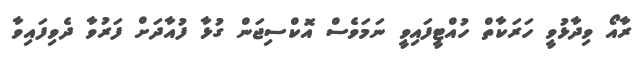
ރާއޯ ވިދާޅުވީ ހަރަކާތް ހުއްޓީފައިވީ ނަމަވެސް އޮކްސިޖަން ގުޅާ ފުއާދަށް ފަރުވާ ދެވިފައިވާ